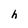
Character: h